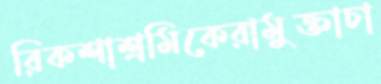
রিকশাশ্রমিকেরামুক্তাচা